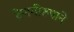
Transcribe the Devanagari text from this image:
देणगीरूपाने